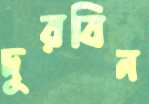
দুরবিন